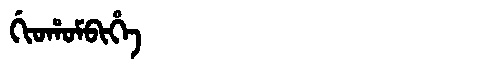
Manchu: ᡤᡳᠣᡥᠣᠮᠪᡳᡥᡝ
Romanization: GIOHOMBIHE